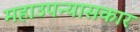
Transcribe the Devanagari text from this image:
महाउपन्यासकार